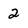
Character: 2